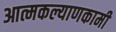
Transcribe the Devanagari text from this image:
आत्मकल्याणकामी